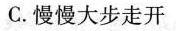
C.慢慢大步走开